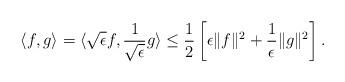
LaTeX: \begin{align*}\langle f,g\rangle=\langle \sqrt{\epsilon}f,\frac{1}{\sqrt{\epsilon}}g\rangle \leq \frac{1}{2}\left[\epsilon \|f\|^2+\frac{1}{\epsilon}\|g\|^2\right].\end{align*}